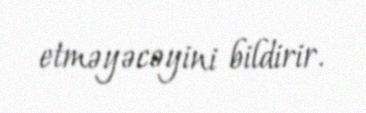
etməyəcəyini bildirir.